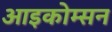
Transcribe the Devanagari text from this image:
आइकोम्सन